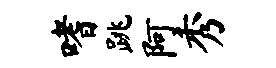
嗜跳阿秀